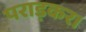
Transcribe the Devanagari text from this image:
पराड़कर।